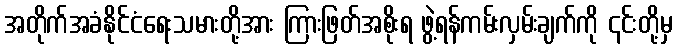
အတိုက်အခံနိုင်ငံရေးသမားတို့အား ကြားဖြတ်အစိုးရ ဖွဲ့ရန်ကမ်းလှမ်းချက်ကို ၎င်းတို့မှ